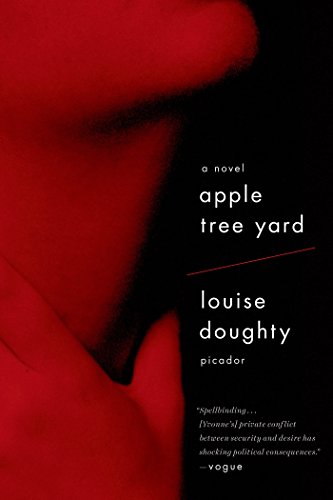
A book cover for Apple Tree Yard: A Novel; Louise Doughty; Romance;